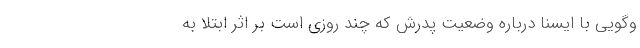
‌وگویی با ایسنا درباره وضعیت پدرش که چند روزی است بر اثر ابتلا به